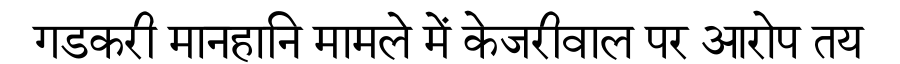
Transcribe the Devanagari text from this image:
गडकरी मानहानि मामले में केजरीवाल पर आरोप तय